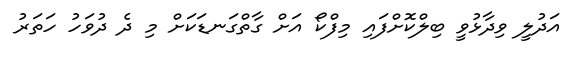
އަދުލީ ވިދާޅުވީ ބިލްކޮށްފައި މިފްކޯ އަށް ގާތްގަނޑަކަށް މި ދެ ދުވަހު ހަތަރު